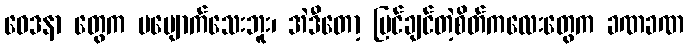
ဝေဒနာ တွေက မပျောက်သေးဘူး၊ အဲဒီတော့ ပြင်ချင်တဲ့စိတ်ကလေးတွေက ခဏခဏ